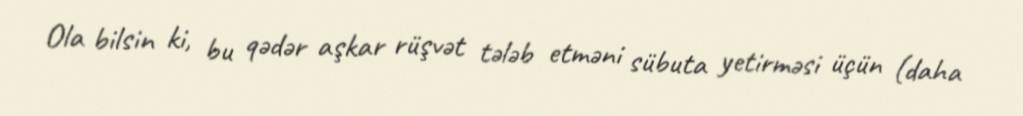
Ola bilsin ki, bu qədər aşkar rüşvət tələb etməni sübuta yetirməsi üçün (daha